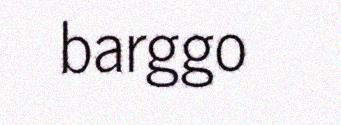
barggo